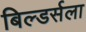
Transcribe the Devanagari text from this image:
बिल्डर्सला